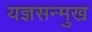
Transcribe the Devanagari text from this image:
यज्ञसन्मुख